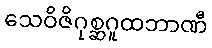
သေဝိဇိဂုစ္ဆဂူထဘာဏီ